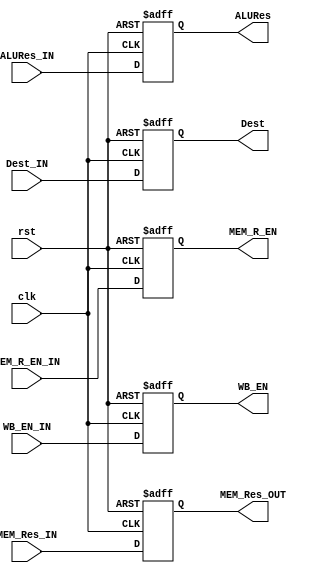
`timescale 1ns / 1ns

module MEM2WB_reg(
  input clk, rst,
  input WB_EN_IN, MEM_R_EN_IN,
  input [31:0] ALURes_IN, MEM_Res_IN,
  input [3:0]  Dest_IN,
  output reg [31:0] ALURes, MEM_Res_OUT,
  output reg [3:0] Dest,
  output reg MEM_R_EN, WB_EN
  );



    always @ (posedge clk, posedge rst) begin
        if (rst) begin
            {ALURes, Dest, MEM_R_EN, WB_EN, MEM_Res_OUT} = 0;
        end
        else begin
            ALURes <= ALURes_IN;
            Dest <= Dest_IN;
            MEM_R_EN <= MEM_R_EN_IN;
            WB_EN <= WB_EN_IN;
            MEM_Res_OUT <= MEM_Res_IN;
        end
    end
endmodule